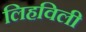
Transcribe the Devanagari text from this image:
लिहविली